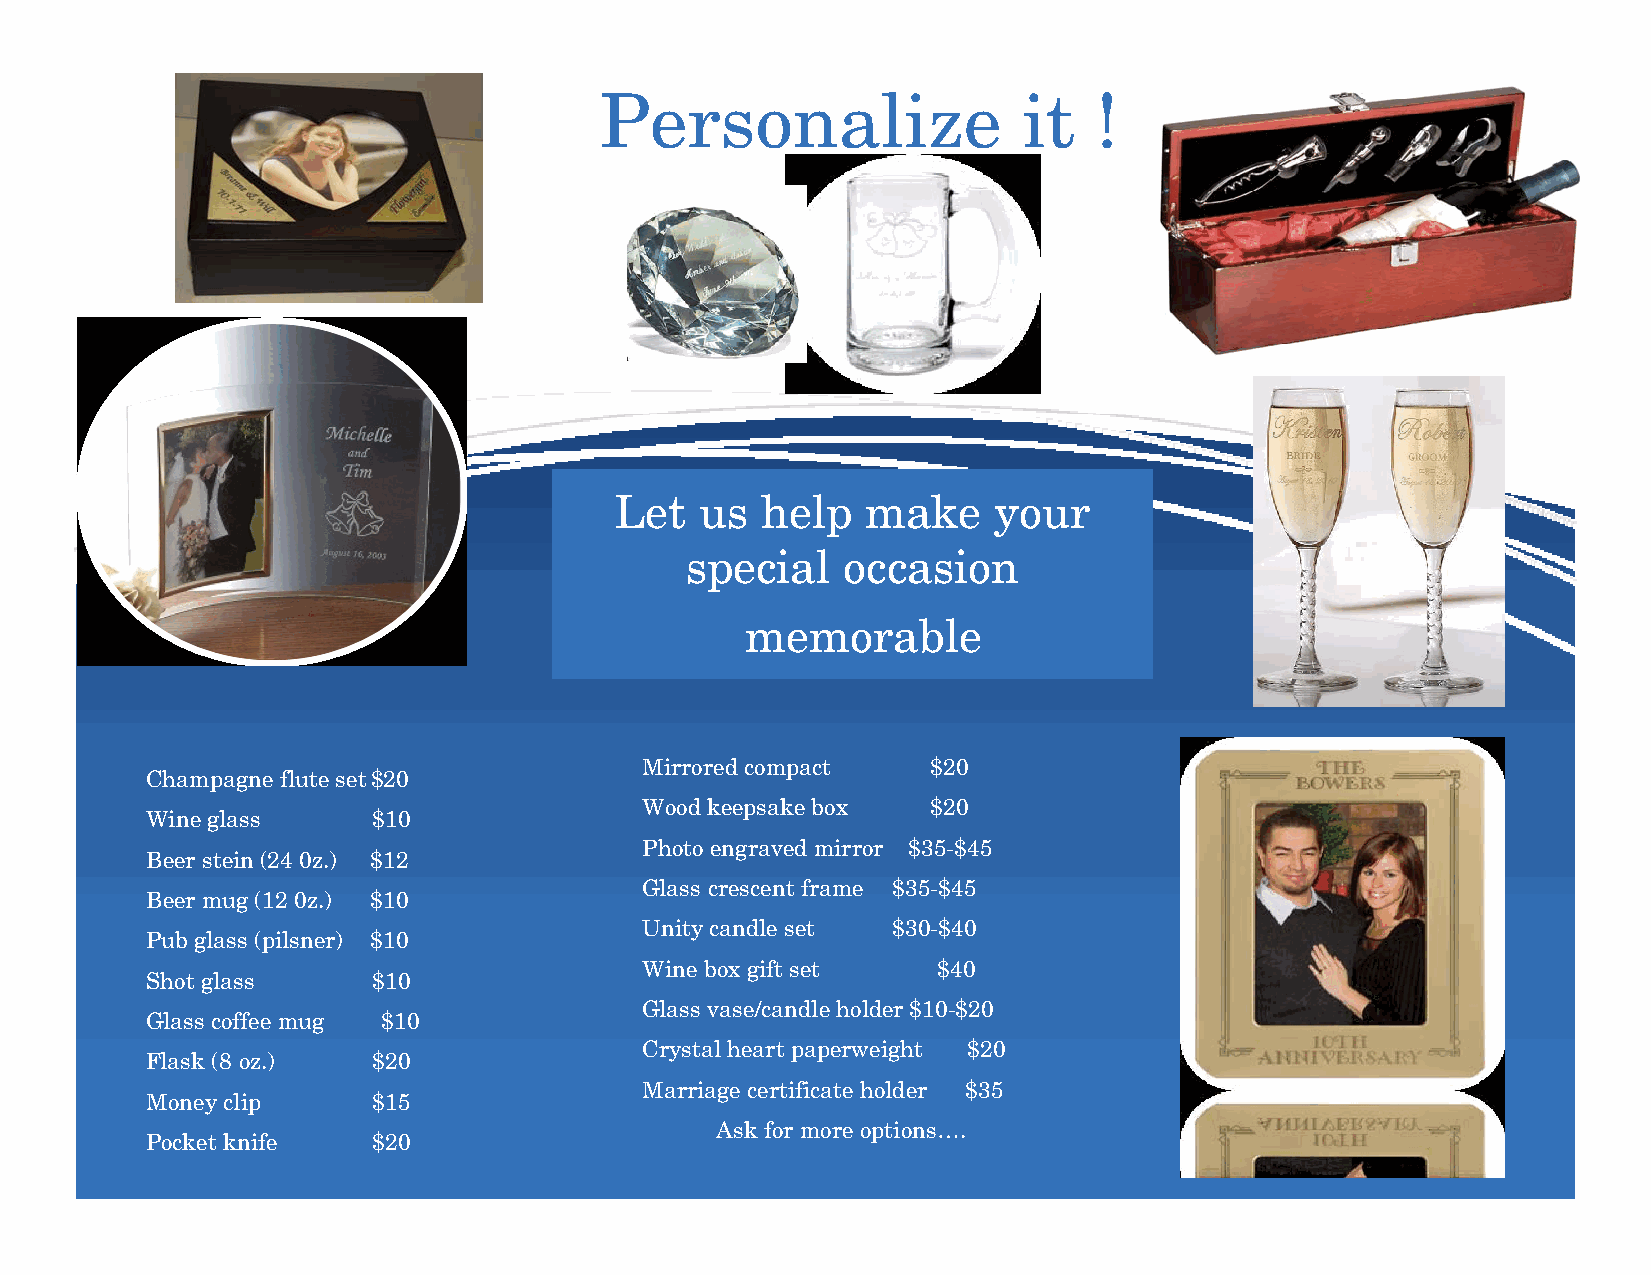
Personalize                 it   !
 Let  us  help   make     your
 special    occasion
 memorable
 Mirrored compact    $20
 Champagne flute set $20
 Wood keepsake box   $20
 Wine glass     $10
 Photo engraved mirror $35-$45
 Beer stein (24 0z.) $12
 Glass crescent frame $35-$45
 Beer mug (12 0z.) $10
 Unity candle set $30-$40
 Pub glass (pilsner) $10
 Wine box gift set   $40
 Shot glass     $10
 Glass vase/candle holder $10-$20
 Glass coffee mug $10
 Crystal heart paperweight $20
 Flask (8 oz.)  $20
 Marriage certificate holder $35
 Money clip     $15
 Ask for more options….
 Pocket knife   $20